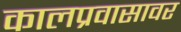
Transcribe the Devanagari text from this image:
कालप्रवासावर